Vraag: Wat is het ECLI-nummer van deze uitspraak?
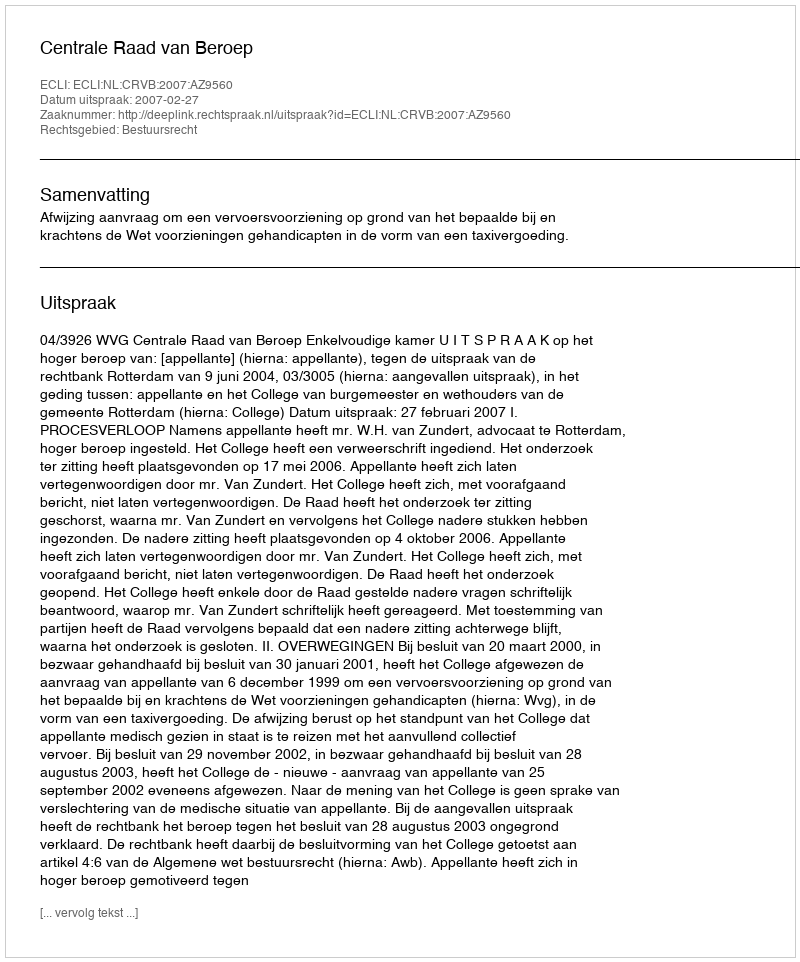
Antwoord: ECLI:NL:CRVB:2007:AZ9560